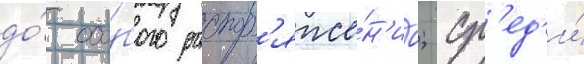
до́ осо́бого распор'яже́н'иа; ср'ед'и́